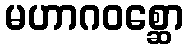
မဟာဂဝစ္ဆော